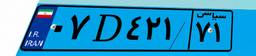
۰۷D۴۲۱۷۱